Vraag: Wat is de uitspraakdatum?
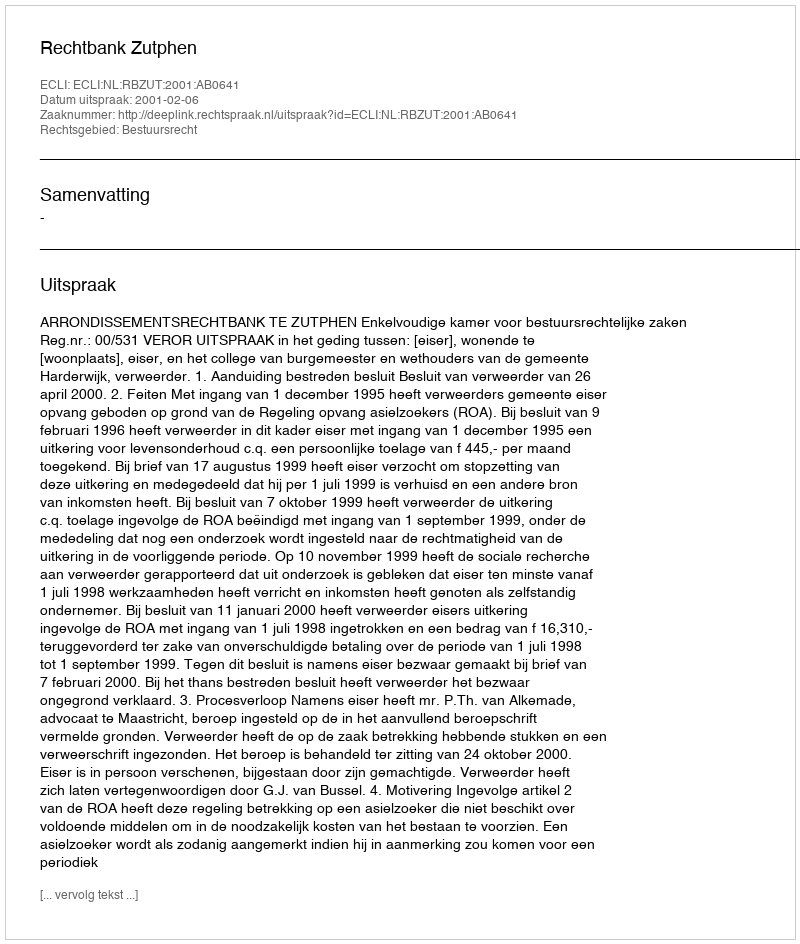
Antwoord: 2001-02-06